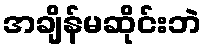
အချိန်မဆိုင်းဘဲ